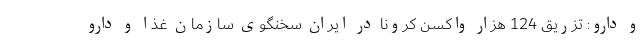
و دارو: تزریق 124 هزار واکسن کرونا در ایران سخنگوی سازمان غذا و دارو